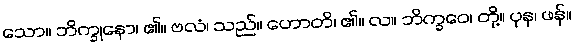
သော။ ဘိက္ခုနော၊ ၏။ ဗလံ၊ သည်။ ဟောတိ၊ ၏။ လ။ ဘိက္ခဝေ၊ တို့။ ပုန၊ ဖန်။